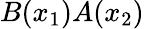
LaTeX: B(x_{1})A(x_{2})